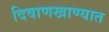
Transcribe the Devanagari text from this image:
दिवाणखाण्यात